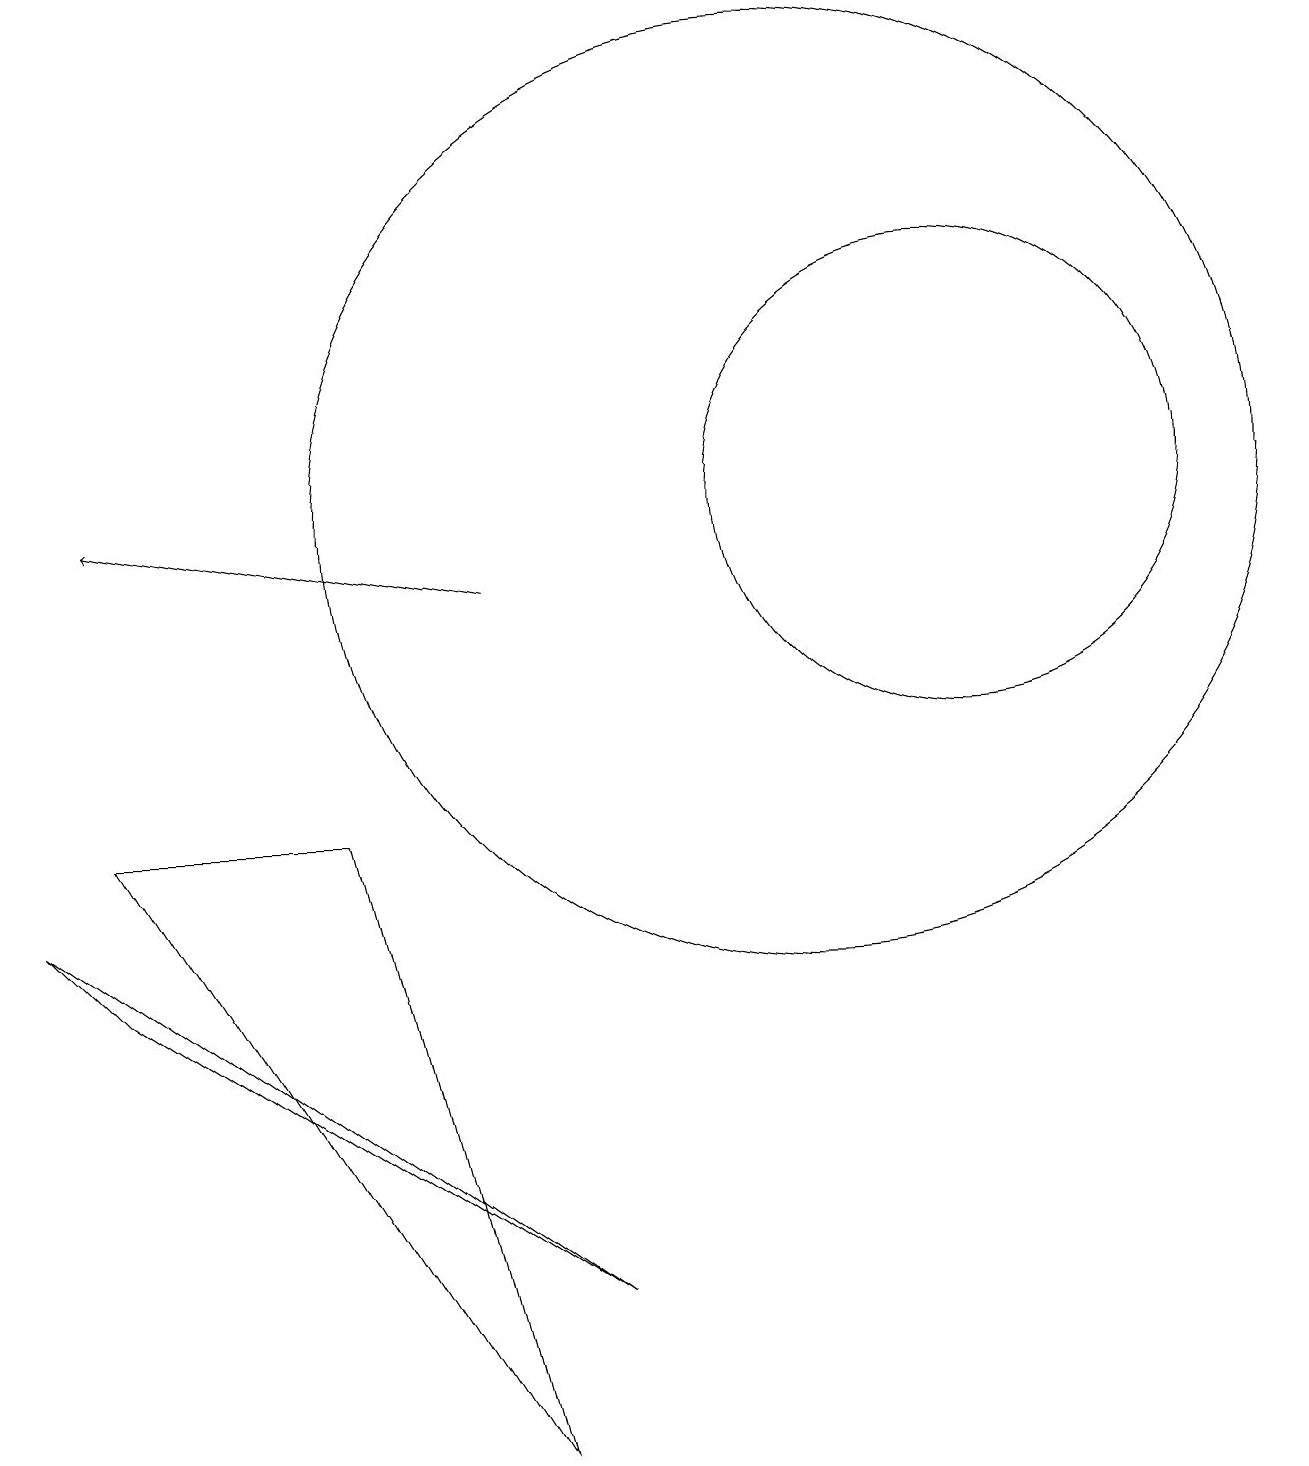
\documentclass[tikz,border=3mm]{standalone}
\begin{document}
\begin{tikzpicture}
\draw (12,12) circle (3);
\draw (10,12) circle (6);
\draw[->] (6,11) -- (1,12);
\draw (0,7) -- (7,2) -- (1,6) -- cycle;
\draw (1,8) -- (4,8) -- (6,0) -- cycle;
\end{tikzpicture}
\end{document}